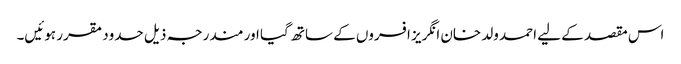
اس مقصد کے لیے احمد ولد خان انگریز افسروں کے ساتھ گیا اور مندرجہ ذیل حدود مقرر ہوئیں۔